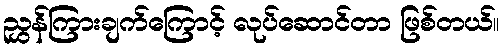
ညွှန်ကြားချက်ကြောင့် လုပ်ဆောင်တာ ဖြစ်တယ်။